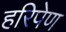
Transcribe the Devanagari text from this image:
हरिपेण